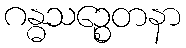
ဂန္ဓသဉ္စေတနာ